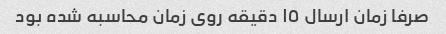
صرفا زمان ارسال ١٥ دقیقه روی زمان محاسبه شده بود